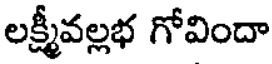
లక్ష్మీవల్లభ గోవిందా